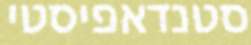
סטנדאפיסטי